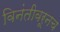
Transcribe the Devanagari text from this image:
विनंतीवरूनच